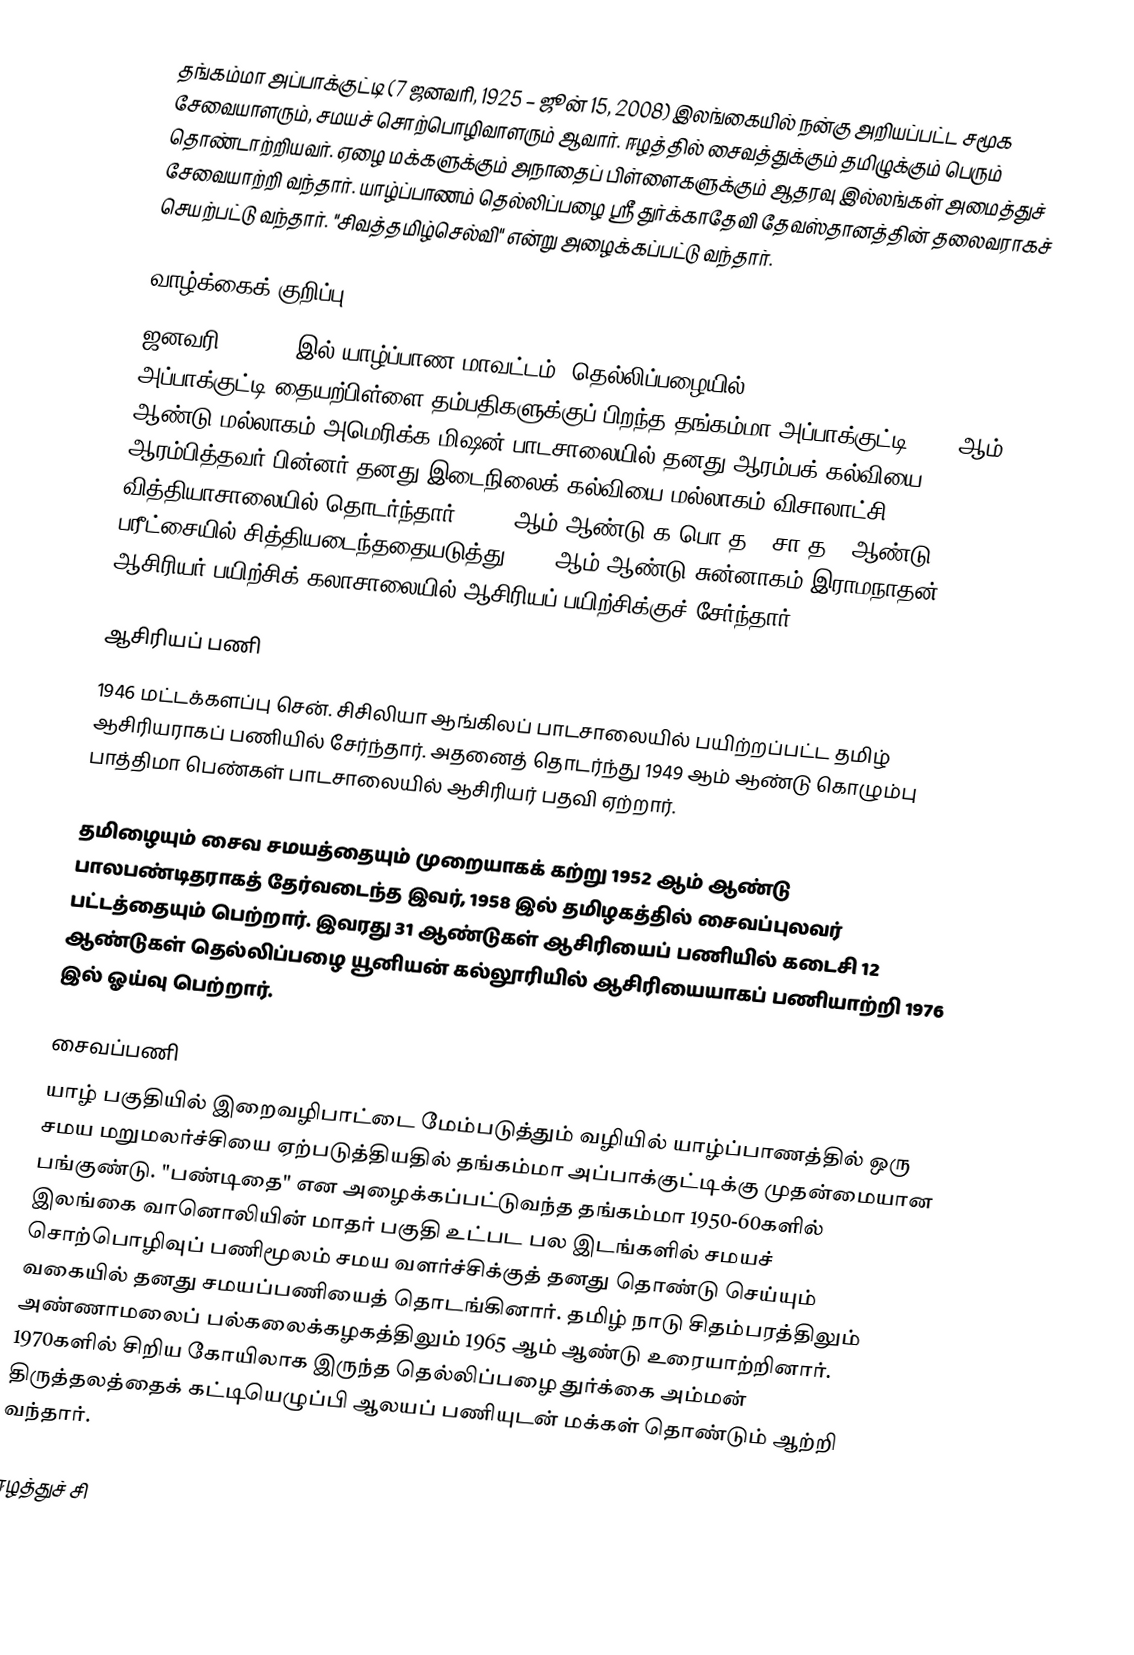
தங்கம்மா அப்பாக்குட்டி (7 ஜனவரி, 1925 – ஜூன் 15, 2008) இலங்கையில் நன்கு அறியப்பட்ட சமூக சேவையாளரும், சமயச் சொற்பொழிவாளரும் ஆவார். ஈழத்தில் சைவத்துக்கும் தமிழுக்கும் பெரும் தொண்டாற்றியவர். ஏழை மக்களுக்கும் அநாதைப் பிள்ளைகளுக்கும் ஆதரவு இல்லங்கள் அமைத்துச் சேவையாற்றி வந்தார். யாழ்ப்பாணம் தெல்லிப்பழை ஸ்ரீ துர்க்காதேவி தேவஸ்தானத்தின் தலைவராகச் செயற்பட்டு வந்தார். "சிவத்தமிழ்செல்வி" என்று அழைக்கப்பட்டு வந்தார்.

வாழ்க்கைக் குறிப்பு
ஜனவரி 7, 1925 இல் யாழ்ப்பாண மாவட்டம், தெல்லிப்பழையில் அப்பாக்குட்டி-தையற்பிள்ளை தம்பதிகளுக்குப் பிறந்த தங்கம்மா அப்பாக்குட்டி 1929 ஆம் ஆண்டு மல்லாகம் அமெரிக்க மிஷன் பாடசாலையில் தனது ஆரம்பக் கல்வியை ஆரம்பித்தவர் பின்னர் தனது இடைநிலைக் கல்வியை மல்லாகம் விசாலாட்சி வித்தியாசாலையில் தொடர்ந்தார். 1940 ஆம் ஆண்டு க.பொ.த. (சா.த) (ஆண்டு 10) பரீட்சையில் சித்தியடைந்ததையடுத்து 1941 ஆம் ஆண்டு சுன்னாகம் இராமநாதன் ஆசிரியர் பயிற்சிக் கலாசாலையில் ஆசிரியப் பயிற்சிக்குச் சேர்ந்தார்.

ஆசிரியப் பணி
1946 மட்டக்களப்பு சென். சிசிலியா ஆங்கிலப் பாடசாலையில் பயிற்றப்பட்ட தமிழ் ஆசிரியராகப் பணியில் சேர்ந்தார். அதனைத் தொடர்ந்து 1949 ஆம் ஆண்டு கொழும்பு பாத்திமா பெண்கள் பாடசாலையில் ஆசிரியர் பதவி ஏற்றார்.

தமிழையும் சைவ சமயத்தையும் முறையாகக் கற்று 1952 ஆம் ஆண்டு பாலபண்டிதராகத் தேர்வடைந்த இவர், 1958 இல் தமிழகத்தில் சைவப்புலவர் பட்டத்தையும் பெற்றார். இவரது 31 ஆண்டுகள் ஆசிரியைப் பணியில் கடைசி 12 ஆண்டுகள் தெல்லிப்பழை யூனியன் கல்லூரியில் ஆசிரியையாகப் பணியாற்றி 1976 இல் ஓய்வு பெற்றார்.

சைவப்பணி
யாழ் பகுதியில் இறைவழிபாட்டை மேம்படுத்தும் வழியில் யாழ்ப்பாணத்தில் ஒரு சமய மறுமலர்ச்சியை ஏற்படுத்தியதில் தங்கம்மா அப்பாக்குட்டிக்கு முதன்மையான பங்குண்டு. "பண்டிதை" என அழைக்கப்பட்டுவந்த தங்கம்மா 1950-60களில் இலங்கை வானொலியின் மாதர் பகுதி உட்பட பல இடங்களில் சமயச் சொற்பொழிவுப் பணிமூலம் சமய வளர்ச்சிக்குத் தனது தொண்டு செய்யும் வகையில் தனது சமயப்பணியைத் தொடங்கினார். தமிழ் நாடு சிதம்பரத்திலும் அண்ணாமலைப் பல்கலைக்கழகத்திலும் 1965 ஆம் ஆண்டு உரையாற்றினார். 1970களில் சிறிய கோயிலாக இருந்த தெல்லிப்பழை துர்க்கை அம்மன் திருத்தலத்தைக் கட்டியெழுப்பி ஆலயப் பணியுடன் மக்கள் தொண்டும் ஆற்றி வந்தார்.

ஈழத்துச் சி